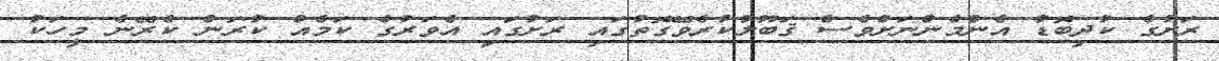
ރަށުގެ ކުދިބޮޑު އެންމެންނަށްވެސް ޤަބޫލުކުރެވޭގޮތުގައި ރަށުގައި އެވަރުގެ ކަމެއް ކުރަން ކެރޭނެ މީހަކު